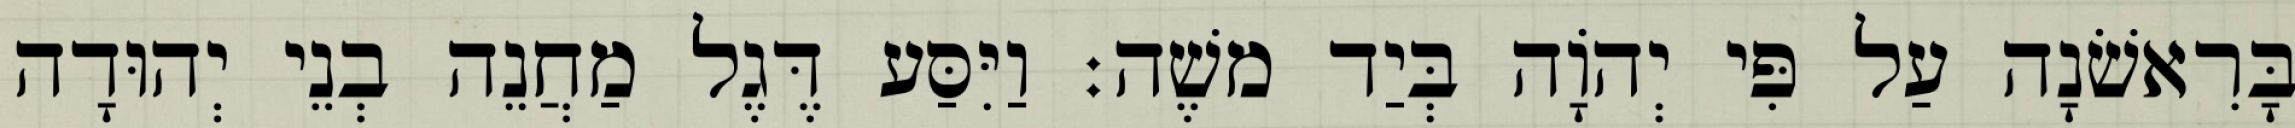
בָּרִאשֹׁנָה עַל פִּי יְהוָֹה בְּיַד משֶׁה׃ וַיִּסַּע דֶּגֶל מַחֲנֵה בְנֵי יְהוּדָה